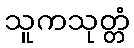
သူကသုတ္တံ